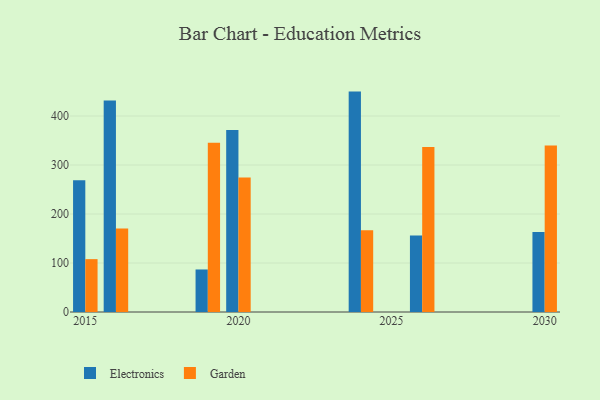
{"axis": {"x": "Year", "y": "Active Users"}, "legend": ["Electronics", "Garden"], "data": [{"x": "2030", "y": 163.5, "type": "Electronics"}, {"x": "2030", "y": 339.7, "type": "Garden"}, {"x": "2016", "y": 431.6, "type": "Electronics"}, {"x": "2016", "y": 170.6, "type": "Garden"}, {"x": "2024", "y": 449.8, "type": "Electronics"}, {"x": "2024", "y": 166.6, "type": "Garden"}, {"x": "2015", "y": 268.9, "type": "Electronics"}, {"x": "2015", "y": 107.9, "type": "Garden"}, {"x": "2026", "y": 156.2, "type": "Electronics"}, {"x": "2026", "y": 336.8, "type": "Garden"}, {"x": "2019", "y": 86.8, "type": "Electronics"}, {"x": "2019", "y": 345.4, "type": "Garden"}, {"x": "2020", "y": 371.2, "type": "Electronics"}, {"x": "2020", "y": 274.4, "type": "Garden"}]}